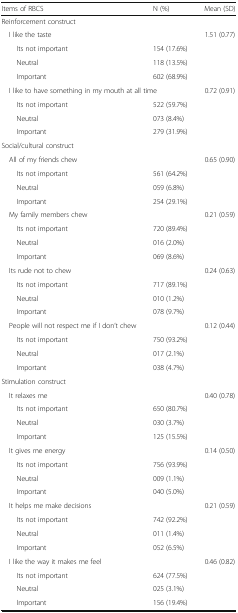
| Items of RBCS | N (%) | Mean (SD) |
 | --- | --- | --- |
 | <COLSPAN=3> Reinforcement construct |
 | I like the taste |  | 1.51 (0.77) |
 | Its not important | 154 (17.6%) |  |
 | Neutral | 118 (13.5%) |  |
 | Important | 602 (68.9%) |  |
 | <COLSPAN=2> I like to have something in my mouth at all time | 0.72 (0.91) |
 | Its not important | 522 (59.7%) |  |
 | Neutral | 073 (8.4%) |  |
 | Important | 279 (31.9%) |  |
 | <COLSPAN=3> Social/cultural construct |
 | All of my friends chew |  | 0.65 (0.90) |
 | Its not important | 561 (64.2%) |  |
 | Neutral | 059 (6.8%) |  |
 | Important | 254 (29.1%) |  |
 | My family members chew |  | 0.21 (0.59) |
 | Its not important | 720 (89.4%) |  |
 | Neutral | 016 (2.0%) |  |
 | Important | 069 (8.6%) |  |
 | Its rude not to chew |  | 0.24 (0.63) |
 | Its not important | 717 (89.1%) |  |
 | Neutral | 010 (1.2%) |  |
 | Important | 078 (9.7%) |  |
 | People will not respect me if I don’t chew |  | 0.12 (0.44) |
 | Its not important | 750 (93.2%) |  |
 | Neutral | 017 (2.1%) |  |
 | Important | 038 (4.7%) |  |
 | <COLSPAN=3> Stimulation construct |
 | It relaxes me |  | 0.40 (0.78) |
 | Its not important | 650 (80.7%) |  |
 | Neutral | 030 (3.7%) |  |
 | Important | 125 (15.5%) |  |
 | It gives me energy |  | 0.14 (0.50) |
 | Its not important | 756 (93.9%) |  |
 | Neutral | 009 (1.1%) |  |
 | Important | 040 (5.0%) |  |
 | It helps me make decisions |  | 0.21 (0.59) |
 | Its not important | 742 (92.2%) |  |
 | Neutral | 011 (1.4%) |  |
 | Important | 052 (6.5%) |  |
 | I like the way it makes me feel |  | 0.46 (0.82) |
 | Its not important | 624 (77.5%) |  |
 | Neutral | 025 (3.1%) |  |
 | Important | 156 (19.4%) |  |